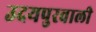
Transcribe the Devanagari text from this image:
उदयपुरवाली